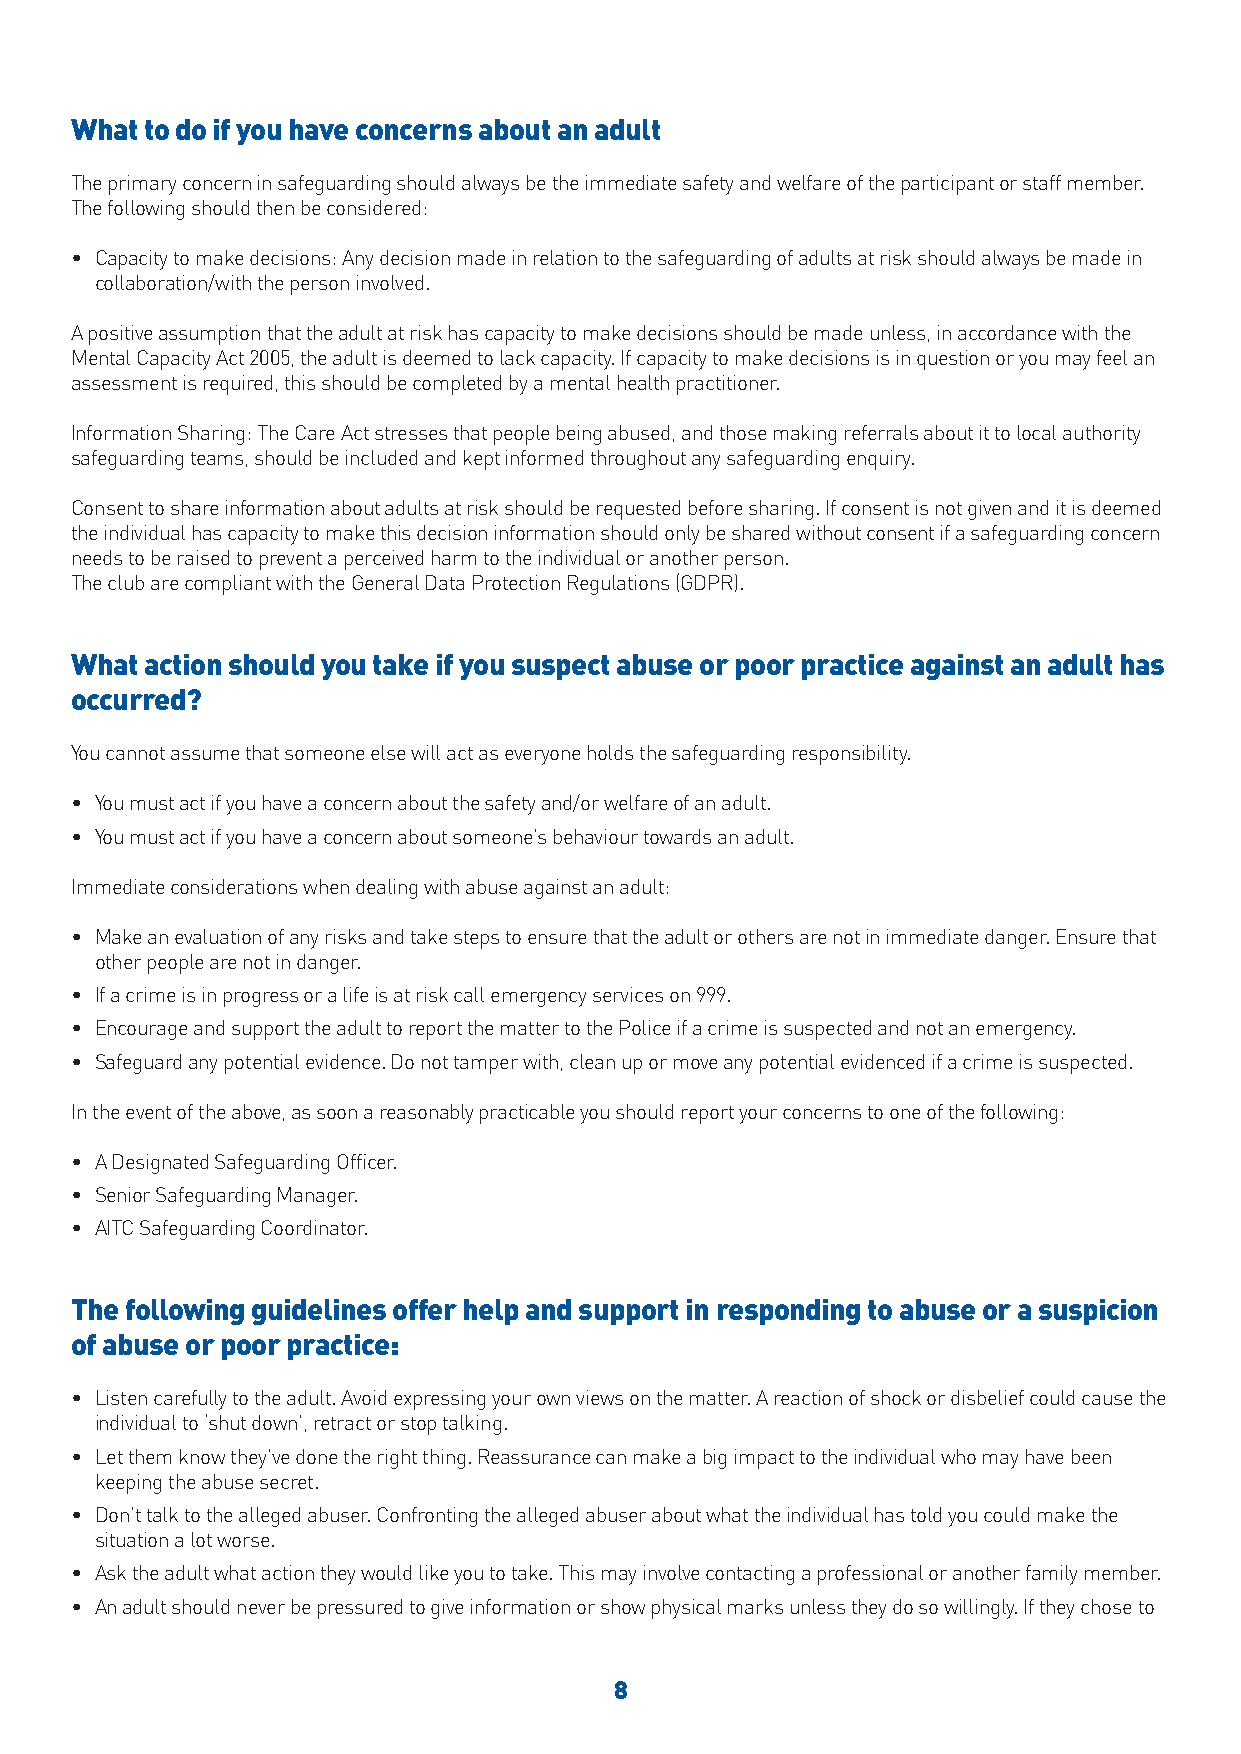
What to do if you have concerns about an adult
 The primary concern in safeguarding should always be the immediate safety and welfare of the participant or staff member.
 The following should then be considered:
 • Capacity to make decisions: Any decision made in relation to the safeguarding of adults at risk should always be made in
 collaboration/with the person involved.
 A positive assumption that the adult at risk has capacity to make decisions should be made unless, in accordance with the
 Mental Capacity Act 2005, the adult is deemed to lack capacity. If capacity to make decisions is in question or you may feel an
 assessment is required, this should be completed by a mental health practitioner.
 Information Sharing: The Care Act stresses that people being abused, and those making referrals about it to local authority
 safeguarding teams, should be included and kept informed throughout any safeguarding enquiry.
 Consent to share information about adults at risk should be requested before sharing. If consent is not given and it is deemed
 the individual has capacity to make this decision information should only be shared without consent if a safeguarding concern
 needs to be raised to prevent a perceived harm to the individual or another person.
 The club are compliant with the General Data Protection Regulations (GDPR).
 What action should you take if you suspect abuse or poor practice against an adult has
 occurred?
 You cannot assume that someone else will act as everyone holds the safeguarding responsibility.
 • You must act if you have a concern about the safety and/or welfare of an adult.
 • You must act if you have a concern about someone’s behaviour towards an adult.
 Immediate considerations when dealing with abuse against an adult:
 • Make an evaluation of any risks and take steps to ensure that the adult or others are not in immediate danger. Ensure that
 other people are not in danger.
 • If a crime is in progress or a life is at risk call emergency services on 999.
 • Encourage and support the adult to report the matter to the Police if a crime is suspected and not an emergency.
 • Safeguard any potential evidence. Do not tamper with, clean up or move any potential evidenced if a crime is suspected.
 In the event of the above, as soon a reasonably practicable you should report your concerns to one of the following:
 • A Designated Safeguarding Officer.
 • Senior Safeguarding Manager.
 • AITC Safeguarding Coordinator.
 The following guidelines offer help and support in responding to abuse or a suspicion
 of abuse or poor practice:
 • Listen carefully to the adult. Avoid expressing your own views on the matter. A reaction of shock or disbelief could cause the
 individual to ‘shut down’, retract or stop talking.
 • Let them know they’ve done the right thing. Reassurance can make a big impact to the individual who may have been
 keeping the abuse secret.
 • Don’t talk to the alleged abuser. Confronting the alleged abuser about what the individual has told you could make the
 situation a lot worse.
 • Ask the adult what action they would like you to take. This may involve contacting a professional or another family member.
 • An adult should never be pressured to give information or show physical marks unless they do so willingly. If they chose to
 8